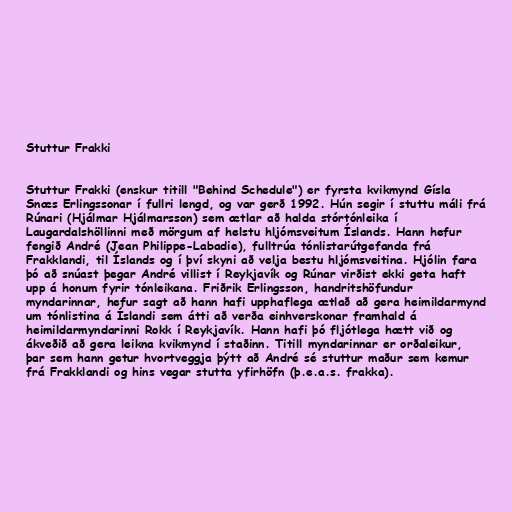
Stuttur Frakki

Stuttur Frakki (enskur titill "Behind Schedule") er fyrsta kvikmynd Gísla
Snæs Erlingssonar í fullri lengd, og var gerð 1992. Hún segir í stuttu máli frá
Rúnari (Hjálmar Hjálmarsson) sem ætlar að halda stórtónleika í
Laugardalshöllinni með mörgum af helstu hljómsveitum Íslands. Hann hefur
fengið André (Jean Philippe-Labadie), fulltrúa tónlistarútgefanda frá
Frakklandi, til Íslands og í því skyni að velja bestu hljómsveitina. Hjólin fara
þó að snúast þegar André villist í Reykjavík og Rúnar virðist ekki geta haft
upp á honum fyrir tónleikana. Friðrik Erlingsson, handritshöfundur
myndarinnar, hefur sagt að hann hafi upphaflega ætlað að gera heimildarmynd
um tónlistina á Íslandi sem átti að verða einhverskonar framhald á
heimildarmyndarinni Rokk í Reykjavík. Hann hafi þó fljótlega hætt við og
ákveðið að gera leikna kvikmynd í staðinn. Titill myndarinnar er orðaleikur,
þar sem hann getur hvortveggja þýtt að André sé stuttur maður sem kemur
frá Frakklandi og hins vegar stutta yfirhöfn (þ.e.a.s. frakka).